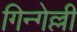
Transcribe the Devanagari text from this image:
गिन्गेल्ली